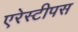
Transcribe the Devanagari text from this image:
एरेस्टीपस